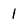
Character: 1